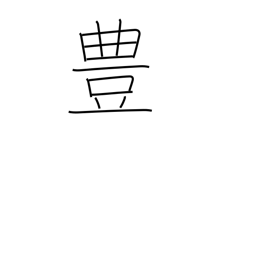
Meaning: rich